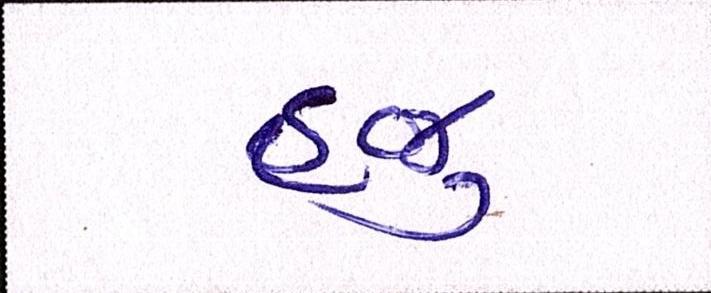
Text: હજુ